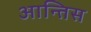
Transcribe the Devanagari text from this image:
आन्तिस